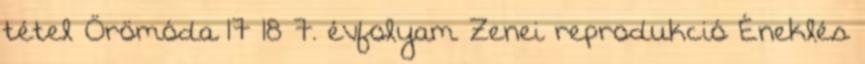
tétel Örömóda 17 18 7. évfolyam Zenei reprodukció Éneklés